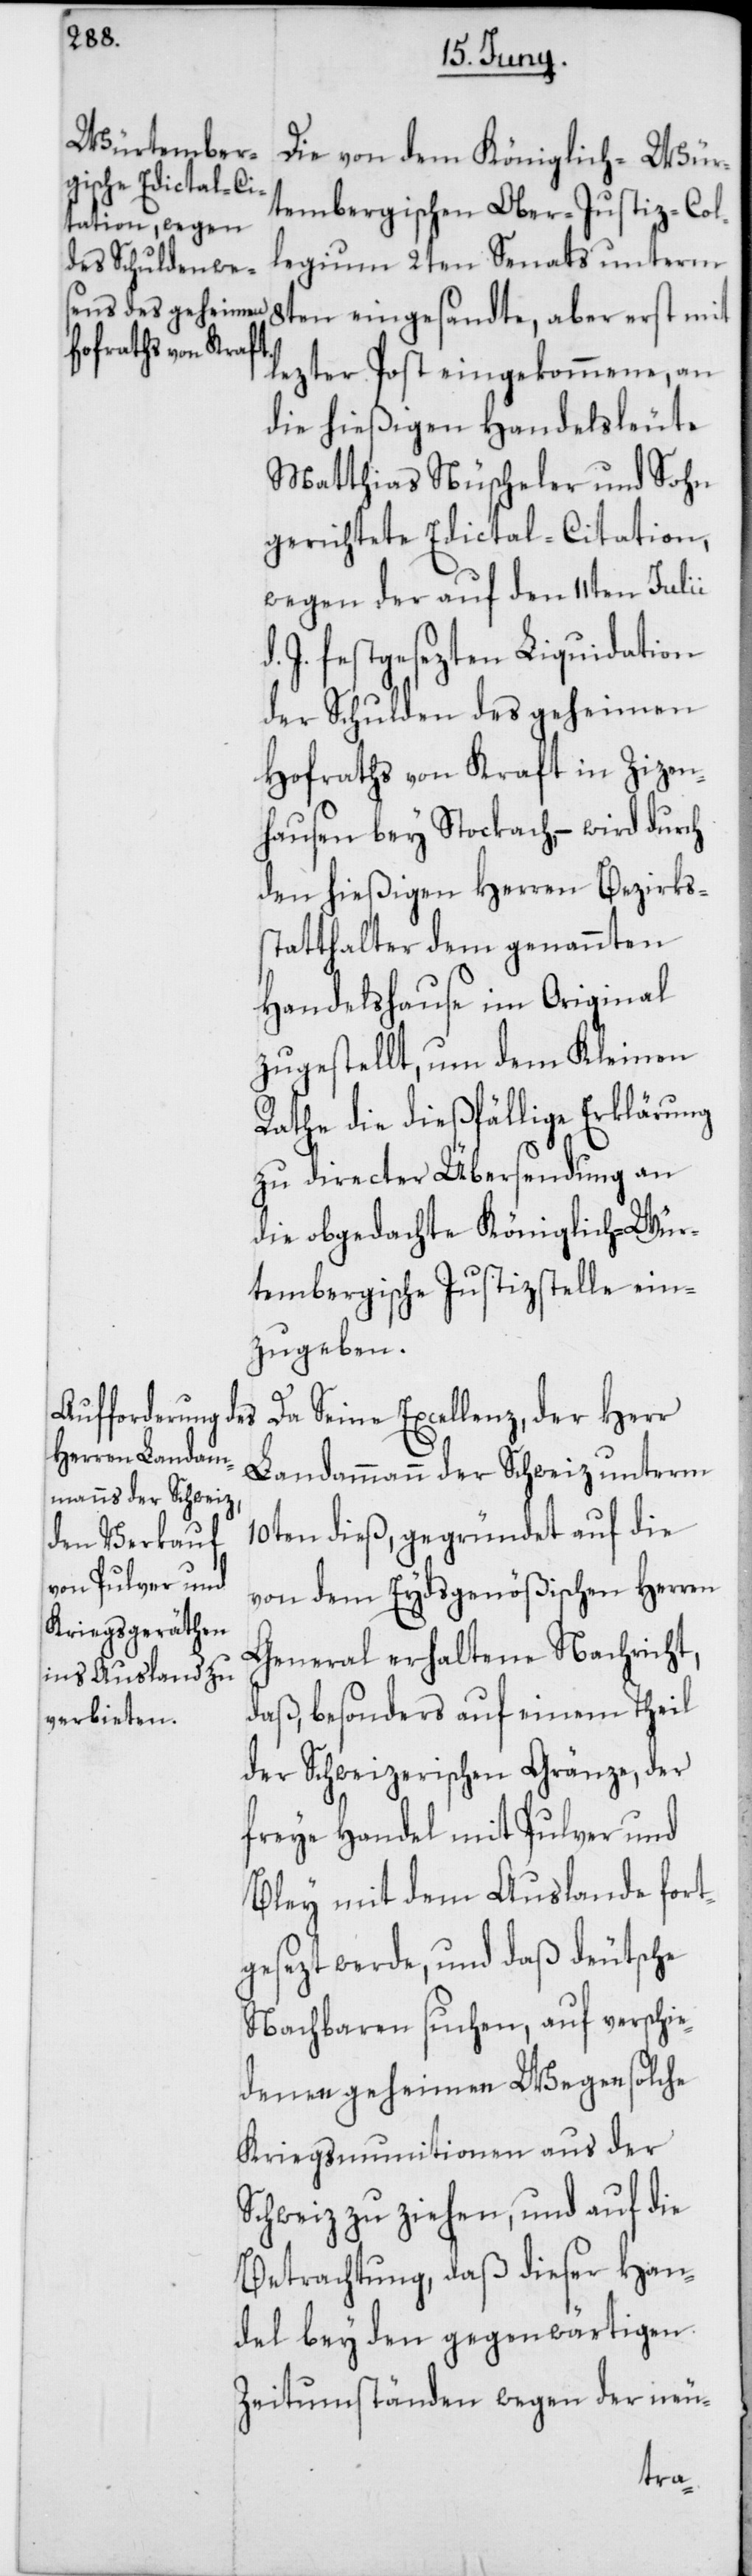
Die von dem Königlich-Wür¬
tembergischen Ober-Justiz-Col¬
legium 2ten Senats unterm
8ten eingesandte, aber erst mit
lezter Post eingekommene, an
die hießigen Handelsleute
Matthias Nüscheler & Sohn
gerichtete Edictal-Citation,
wegen der auf den 11ten Julii
d. J. festgesezten Liquidation
der Schulden des Geheimen
Hofraths von Kraft in Zizen¬
hausen bey Stockach, – wird durch
den hießigen Herren Bezirks¬
statthalter dem genannten
Handelshause im Original
zugestellt, um dem Kleinen
Rathe die dießfällige Erklärung
zu directer Übersendung an
die obgedachte Königlich-Wür¬
tembergische Justizstelle ein¬
zugeben.
Da Seine Excellenz, der Herr
Landammann der Schweiz unterm
10ten dieß, gegründet auf die
von dem Eydsgenößischen Herren
General erhaltene Nachricht,
daß, besonders auf einem Theil
der Schweizerischen Gränze, der
freye Handel mit Pulver und
Bley mit dem Auslande fort¬
gesezt werde, und daß deutsche
Nachbaren suchen, auf verschie¬
denen geheimen Wegen solche
Kriegsmunition aus der
Schweiz zu ziehen, und auf die
Betrachtung, daß dieser Han¬
del bey den gegenwärtigen
Zeitumständen wegen der neu-